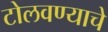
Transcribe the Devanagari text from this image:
टोलवण्याचे